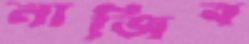
নাজিব